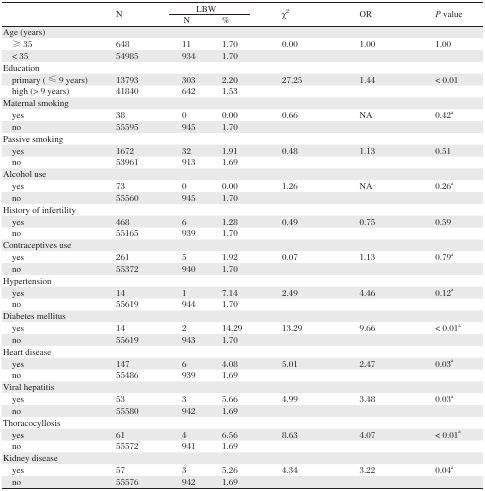
<table><thead><tr><td rowspan="2"></td><td rowspan="2"><b>N</b></td><td colspan="2"><b>LBW</b></td><td rowspan="2"><b>χ<sup>2</sup></b></td><td rowspan="2"><b>OR</b></td><td rowspan="2"><b><i>P</i> value</b></td></tr><tr><td><b>N</b></td><td><b>%</b></td></tr></thead><tbody><tr><td>Age (years)</td><td></td><td></td><td></td><td></td><td></td><td></td></tr><tr><td> ≥35</td><td>648</td><td>11</td><td>1.70</td><td>0.00</td><td>1.00</td><td>1.00</td></tr><tr><td> &lt; 35</td><td>54985</td><td>934</td><td>1.70</td><td></td><td></td><td></td></tr><tr><td>Education</td><td></td><td></td><td></td><td></td><td></td><td></td></tr><tr><td> primary (≤ 9 years)</td><td>13793</td><td>303</td><td>2.20</td><td>27.25</td><td>1.44</td><td>&lt; 0.01</td></tr><tr><td> high (&gt; 9 years)</td><td>41840</td><td>642</td><td>1.53</td><td></td><td></td><td></td></tr><tr><td>Maternal smoking</td><td></td><td></td><td></td><td></td><td></td><td></td></tr><tr><td> yes</td><td>38</td><td>0</td><td>0.00</td><td>0.66</td><td>NA</td><td>0.42<sup>a</sup></td></tr><tr><td> no</td><td>55595</td><td>945</td><td>1.70</td><td></td><td></td><td></td></tr><tr><td>Passive smoking</td><td></td><td></td><td></td><td></td><td></td><td></td></tr><tr><td> yes</td><td>1672</td><td>32</td><td>1.91</td><td>0.48</td><td>1.13</td><td>0.51</td></tr><tr><td> no</td><td>53961</td><td>913</td><td>1.69</td><td></td><td></td><td></td></tr><tr><td>Alcohol use</td><td></td><td></td><td></td><td></td><td></td><td></td></tr><tr><td> yes</td><td>73</td><td>0</td><td>0.00</td><td>1.26</td><td>NA</td><td>0.26<sup>a</sup></td></tr><tr><td> no</td><td>55560</td><td>945</td><td>1.70</td><td></td><td></td><td></td></tr><tr><td>History of infertility</td><td></td><td></td><td></td><td></td><td></td><td></td></tr><tr><td> yes</td><td>468</td><td>6</td><td>1.28</td><td>0.49</td><td>0.75</td><td>0.59</td></tr><tr><td> no</td><td>55165</td><td>939</td><td>1.70</td><td></td><td></td><td></td></tr><tr><td>Contraceptives use</td><td></td><td></td><td></td><td></td><td></td><td></td></tr><tr><td> yes</td><td>261</td><td>5</td><td>1.92</td><td>0.07</td><td>1.13</td><td>0.79<sup>a</sup></td></tr><tr><td> no</td><td>55372</td><td>940</td><td>1.70</td><td></td><td></td><td></td></tr><tr><td>Hypertension</td><td></td><td></td><td></td><td></td><td></td><td></td></tr><tr><td> yes</td><td>14</td><td>1</td><td>7.14</td><td>2.49</td><td>4.46</td><td>0.12<sup>a</sup></td></tr><tr><td> no</td><td>55619</td><td>944</td><td>1.70</td><td></td><td></td><td></td></tr><tr><td>Diabetes mellitus</td><td></td><td></td><td></td><td></td><td></td><td></td></tr><tr><td> yes</td><td>14</td><td>2</td><td>14.29</td><td>13.29</td><td>9.66</td><td>&lt; 0.01<sup>a</sup></td></tr><tr><td> no</td><td>55619</td><td>943</td><td>1.70</td><td></td><td></td><td></td></tr><tr><td>Heart disease</td><td></td><td></td><td></td><td></td><td></td><td></td></tr><tr><td> yes</td><td>147</td><td>6</td><td>4.08</td><td>5.01</td><td>2.47</td><td>0.03<sup>a</sup></td></tr><tr><td> no</td><td>55486</td><td>939</td><td>1.69</td><td></td><td></td><td></td></tr><tr><td>Viral hepatitis</td><td></td><td></td><td></td><td></td><td></td><td></td></tr><tr><td> yes</td><td>53</td><td>3</td><td>5.66</td><td>4.99</td><td>3.48</td><td>0.03<sup>a</sup></td></tr><tr><td> no</td><td>55580</td><td>942</td><td>1.69</td><td></td><td></td><td></td></tr><tr><td>Thoracocyllosis</td><td></td><td></td><td></td><td></td><td></td><td></td></tr><tr><td> yes</td><td>61</td><td>4</td><td>6.56</td><td>8.63</td><td>4.07</td><td>&lt; 0.01<sup>a</sup></td></tr><tr><td> no</td><td>55572</td><td>941</td><td>1.69</td><td></td><td></td><td></td></tr><tr><td>Kidney disease</td><td></td><td></td><td></td><td></td><td></td><td></td></tr><tr><td> yes</td><td>57</td><td>3</td><td>5.26</td><td>4.34</td><td>3.22</td><td>0.04<sup>a</sup></td></tr><tr><td> no</td><td>55576</td><td>942</td><td>1.69</td><td></td><td></td><td></td></tr></tbody></table>